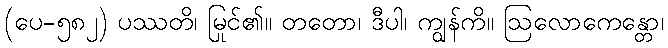
(ပေ-၅၈၂) ပဿတိ၊ မြင်၏။ တတော၊ ဒီပါ၊ ကျွန်ကို။ ဩလောကေန္တော၊